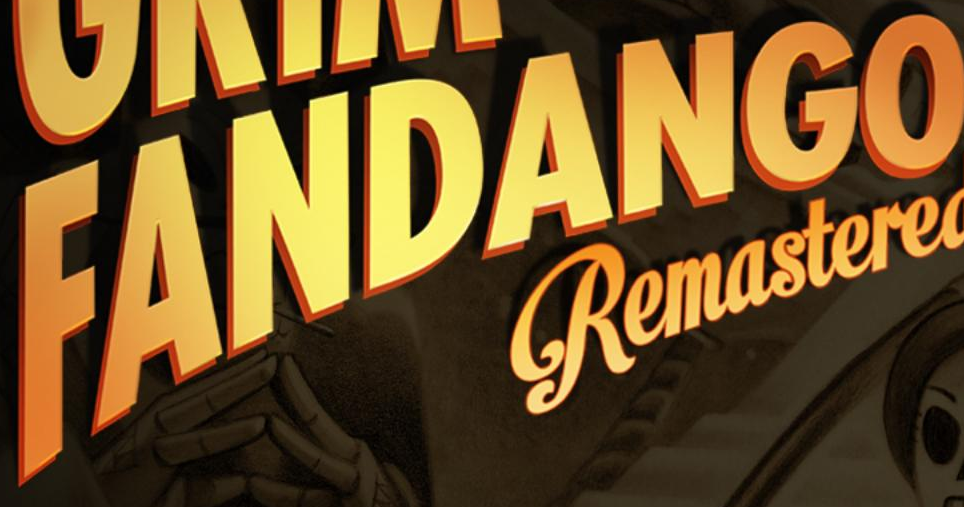
FANDANGO